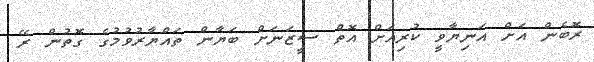
ރޮބެން އަށް އަނިޔާވީ ކުރިއަށް އޮތް ސީޒަނަށް ބަޔާން ތައްޔާރުވުމުގެ ގޮތުން ރޭ